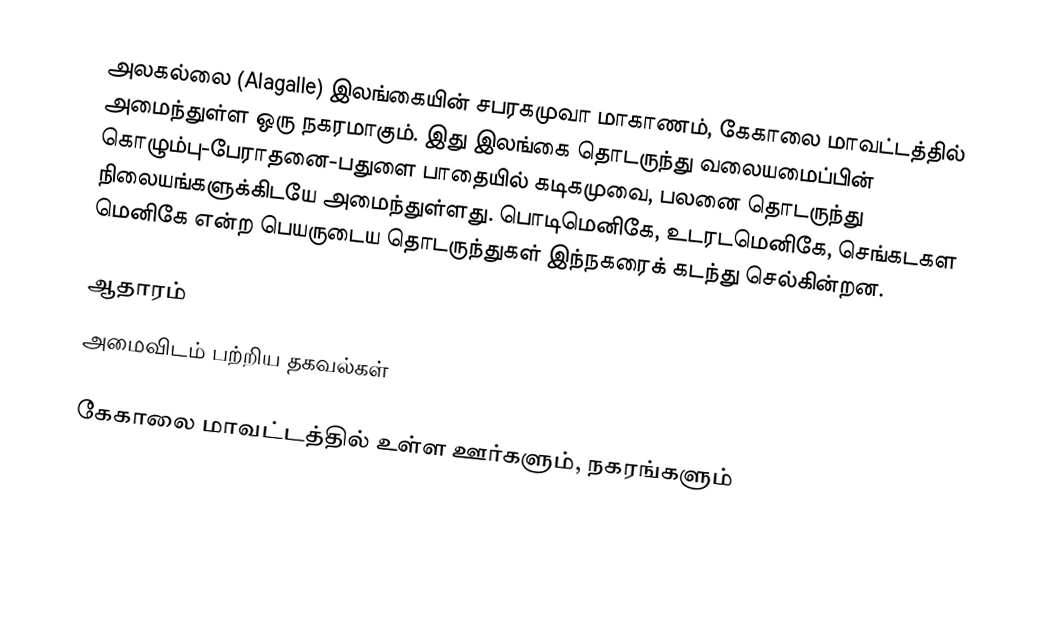
அலகல்லை (Alagalle) இலங்கையின்  சபரகமுவா மாகாணம், கேகாலை மாவட்டத்தில் அமைந்துள்ள ஒரு நகரமாகும். இது இலங்கை தொடருந்து வலையமைப்பின் கொழும்பு-பேராதனை-பதுளை பாதையில் கடிகமுவை, பலனை தொடருந்து நிலையங்களுக்கிடயே அமைந்துள்ளது. பொடிமெனிகே,   உடரடமெனிகே, செங்கடகள மெனிகே என்ற பெயருடைய தொடருந்துகள் இந்நகரைக் கடந்து செல்கின்றன.

ஆதாரம்
அமைவிடம் பற்றிய தகவல்கள்

கேகாலை மாவட்டத்தில் உள்ள ஊர்களும், நகரங்களும்